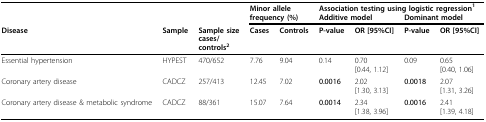
<table><thead><tr><td></td><td></td><td></td><td colspan="2"><b>Minor allele</b></td><td colspan="4"><b>Association testing using logistic regression<sup>1</sup></b></td></tr><tr><td></td><td></td><td></td><td colspan="2"><b>frequency (%)</b></td><td colspan="2"><b>Additive model</b></td><td colspan="2"><b>Dominant model</b></td></tr><tr><td><b>Disease</b></td><td><b>Sample</b></td><td><b>Sample sizecases/controls<sup>2</sup></b></td><td><b>Cases</b></td><td><b>Controls</b></td><td><b>P-value</b></td><td><b>OR [95%CI]</b></td><td><b>P-value</b></td><td><b>OR [95%CI]</b></td></tr></thead><tbody><tr><td>Essential hypertension</td><td>HYPEST</td><td>470/652</td><td>7.76</td><td>9.04</td><td>0.14</td><td>0.70[0.44, 1.12]</td><td>0.09</td><td>0.65[0.40, 1.06]</td></tr><tr><td>Coronary artery disease</td><td>CADCZ</td><td>257/413</td><td>12.45</td><td>7.02</td><td><b>0.0016</b></td><td>2.02[1.30, 3.13]</td><td><b>0.0018</b></td><td>2.07[1.31, 3.26]</td></tr><tr><td>Coronary artery disease &amp; metabolic syndrome</td><td>CADCZ</td><td>88/361</td><td>15.07</td><td>7.64</td><td><b>0.0014</b></td><td>2.34[1.38, 3.96]</td><td><b>0.0016</b></td><td>2.41[1.39, 4.18]</td></tr></tbody></table>